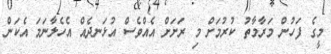
މީގެ ފަހުން މަރާމާތު ކުރުމަށް މި ރަށަށް އެއްވެސް އުޅަނދެއް އެހެލާނަމަ އެކަން